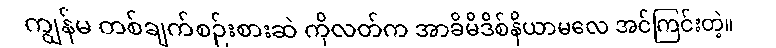
ကျွန်မ တစ်ချက်စဉ်းစားဆဲ ကိုလတ်က အာခိမိဒိစ်နိယာမလေ အင်ကြင်းတဲ့။